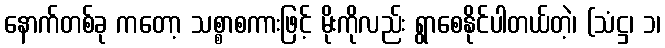
နောက်တစ်ခု ကတော့ သစ္စာစကားဖြင့် မိုးကိုလည်း ရွာစေနိုင်ပါတယ်တဲ့၊ (သံဋ္ဌ၊ ၁၊